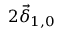
2 \vec { \delta } _ { 1 , 0 }